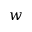
w